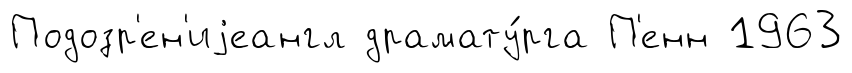
Подозр'ен'иjеангл драмату́рга П'енн 1963